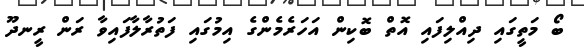
ބޯ މަތީގައި ދިއްލިފައި އޮތް ބޮކިން އަހަރެމެންގެ އިމުގައި ފަތުރާލާފައިވާ ރަން ރީނދޫ